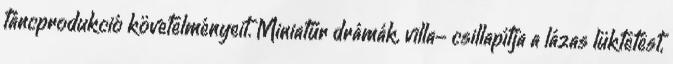
táncprodukció követelményeit. Miniatűr drámák, villa- csillapítja a lázas lüktetést,